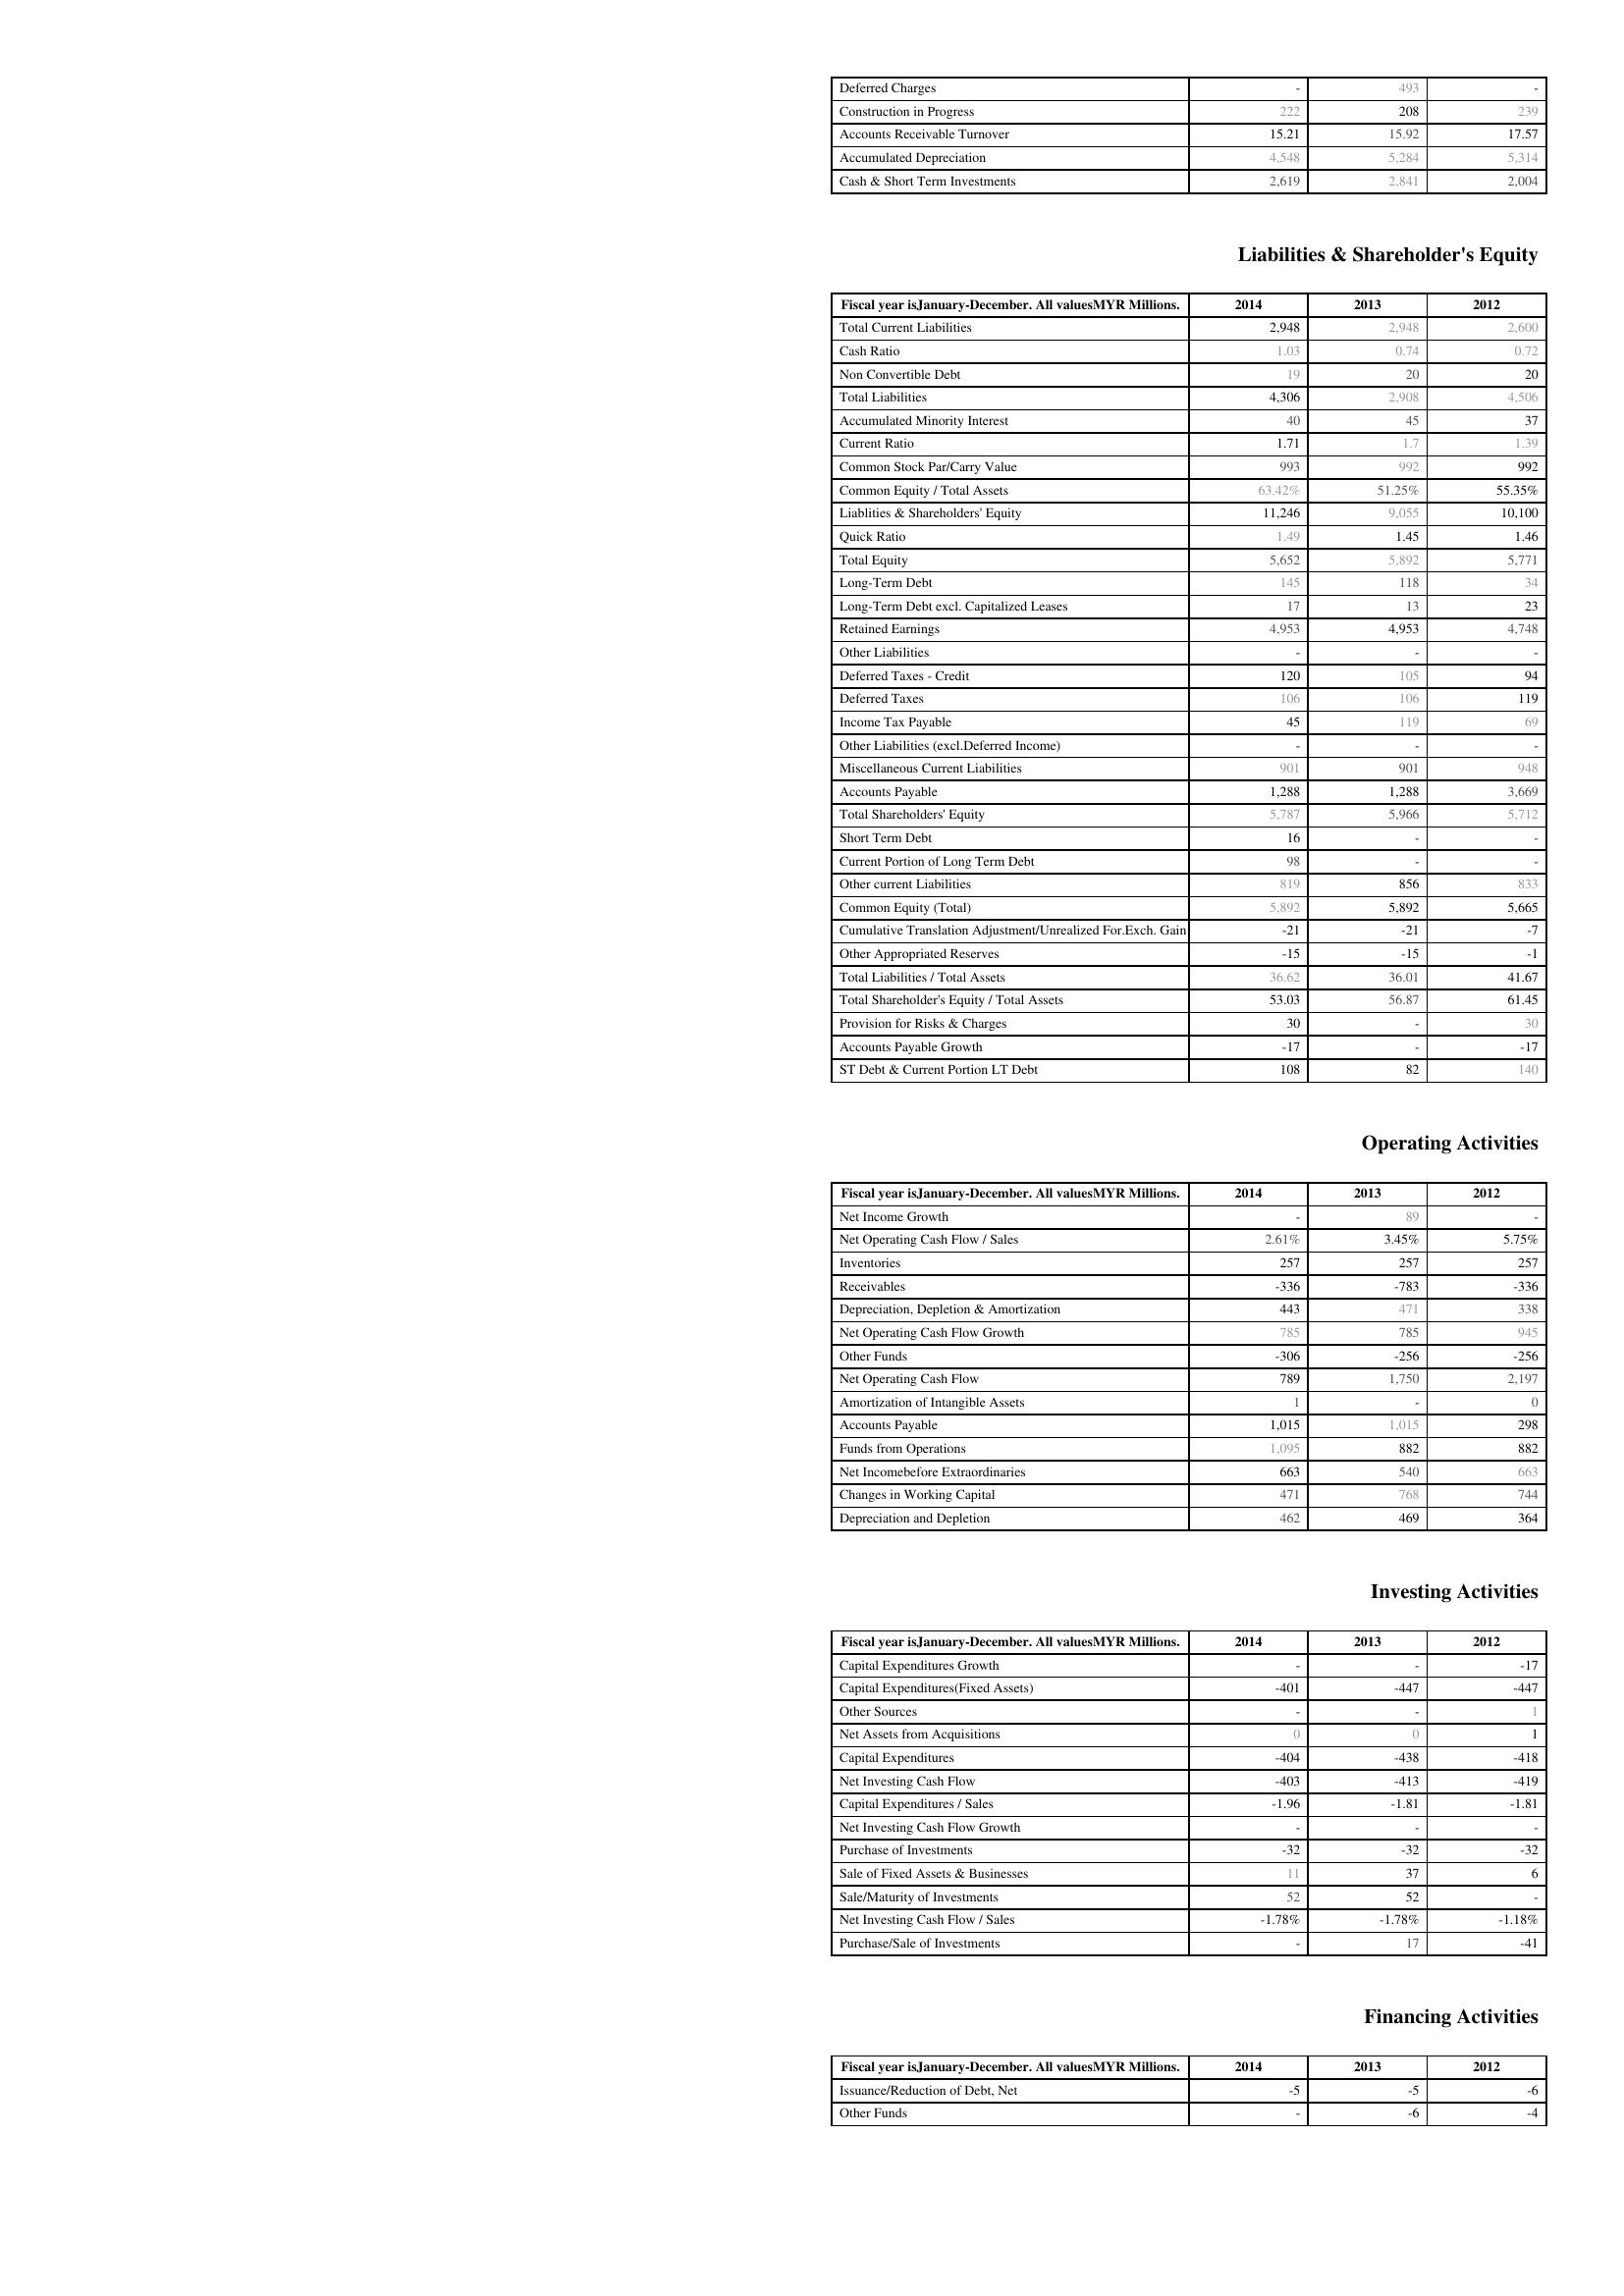
2014: Assets: Deferred Charges: -
Construction in Progress: 222
Accounts Receivable Turnover: 15.21
Accumulated Depreciation: 4,548
Cash & Short Term Investments: 2,619
Liabilities & Shareholder's Equity: Total Current Liabilities: 2,948
Cash Ratio: 1.03
Non Convertible Debt: 19
Total Liabilities: 4,306
Accumulated Minority Interest: 40
Current Ratio: 1.71
Common Stock Par/Carry Value: 993
Common Equity / Total Assets: 63.42%
Liablities & Shareholders' Equity: 11,246
Quick Ratio: 1.49
Total Equity: 5,652
Long-Term Debt: 145
Long-Term Debt excl. Capitalized Leases: 17
Retained Earnings: 4,953
Other Liabilities: -
Deferred Taxes - Credit: 120
Deferred Taxes: 106
Income Tax Payable: 45
Other Liabilities (excl.Deferred Income): -
Miscellaneous Current Liabilities: 901
Accounts Payable: 1,288
Total Shareholders' Equity: 5,787
Short Term Debt: 16
Current Portion of Long Term Debt: 98
Other current Liabilities: 819
Common Equity (Total): 5,892
Cumulative Translation Adjustment/Unrealized For.Exch. Gain: -21
Other Appropriated Reserves: -15
Total Liabilities / Total Assets: 36.62
Total Shareholder's Equity / Total Assets: 53.03
Provision for Risks & Charges: 30
Accounts Payable Growth: -17
ST Debt & Current Portion LT Debt: 108
Operating Activities: Net Income Growth: -
Net Operating Cash Flow / Sales: 2.61%
Inventories: 257
Receivables: -336
Depreciation, Depletion & Amortization: 443
Net Operating Cash Flow Growth: 785
Other Funds: -306
Net Operating Cash Flow: 789
Amortization of Intangible Assets: 1
Accounts Payable: 1,015
Funds from Operations: 1,095
Net Incomebefore Extraordinaries: 663
Changes in Working Capital: 471
Depreciation and Depletion: 462
Investing Activities: Capital Expenditures Growth: -
Capital Expenditures(Fixed Assets): -401
Other Sources: -
Net Assets from Acquisitions: 0
Capital Expenditures: -404
Net Investing Cash Flow: -403
Capital Expenditures / Sales: -1.96
Net Investing Cash Flow Growth: -
Purchase of Investments: -32
Sale of Fixed Assets & Businesses: 11
Sale/Maturity of Investments: 52
Net Investing Cash Flow / Sales: -1.78%
Purchase/Sale of Investments: -
Financing Activities: Issuance/Reduction of Debt, Net: -5
Other Funds: -
2013: Assets: Deferred Charges: 493
Construction in Progress: 208
Accounts Receivable Turnover: 15.92
Accumulated Depreciation: 5,284
Cash & Short Term Investments: 2,841
Liabilities & Shareholder's Equity: Total Current Liabilities: 2,948
Cash Ratio: 0.74
Non Convertible Debt: 20
Total Liabilities: 2,908
Accumulated Minority Interest: 45
Current Ratio: 1.7
Common Stock Par/Carry Value: 992
Common Equity / Total Assets: 51.25%
Liablities & Shareholders' Equity: 9,055
Quick Ratio: 1.45
Total Equity: 5,892
Long-Term Debt: 118
Long-Term Debt excl. Capitalized Leases: 13
Retained Earnings: 4,953
Other Liabilities: -
Deferred Taxes - Credit: 105
Deferred Taxes: 106
Income Tax Payable: 119
Other Liabilities (excl.Deferred Income): -
Miscellaneous Current Liabilities: 901
Accounts Payable: 1,288
Total Shareholders' Equity: 5,966
Short Term Debt: -
Current Portion of Long Term Debt: -
Other current Liabilities: 856
Common Equity (Total): 5,892
Cumulative Translation Adjustment/Unrealized For.Exch. Gain: -21
Other Appropriated Reserves: -15
Total Liabilities / Total Assets: 36.01
Total Shareholder's Equity / Total Assets: 56.87
Provision for Risks & Charges: -
Accounts Payable Growth: -
ST Debt & Current Portion LT Debt: 82
Operating Activities: Net Income Growth: 89
Net Operating Cash Flow / Sales: 3.45%
Inventories: 257
Receivables: -783
Depreciation, Depletion & Amortization: 471
Net Operating Cash Flow Growth: 785
Other Funds: -256
Net Operating Cash Flow: 1,750
Amortization of Intangible Assets: -
Accounts Payable: 1,015
Funds from Operations: 882
Net Incomebefore Extraordinaries: 540
Changes in Working Capital: 768
Depreciation and Depletion: 469
Investing Activities: Capital Expenditures Growth: -
Capital Expenditures(Fixed Assets): -447
Other Sources: -
Net Assets from Acquisitions: 0
Capital Expenditures: -438
Net Investing Cash Flow: -413
Capital Expenditures / Sales: -1.81
Net Investing Cash Flow Growth: -
Purchase of Investments: -32
Sale of Fixed Assets & Businesses: 37
Sale/Maturity of Investments: 52
Net Investing Cash Flow / Sales: -1.78%
Purchase/Sale of Investments: 17
Financing Activities: Issuance/Reduction of Debt, Net: -5
Other Funds: -6
2012: Assets: Deferred Charges: -
Construction in Progress: 239
Accounts Receivable Turnover: 17.57
Accumulated Depreciation: 5,314
Cash & Short Term Investments: 2,004
Liabilities & Shareholder's Equity: Total Current Liabilities: 2,600
Cash Ratio: 0.72
Non Convertible Debt: 20
Total Liabilities: 4,506
Accumulated Minority Interest: 37
Current Ratio: 1.39
Common Stock Par/Carry Value: 992
Common Equity / Total Assets: 55.35%
Liablities & Shareholders' Equity: 10,100
Quick Ratio: 1.46
Total Equity: 5,771
Long-Term Debt: 34
Long-Term Debt excl. Capitalized Leases: 23
Retained Earnings: 4,748
Other Liabilities: -
Deferred Taxes - Credit: 94
Deferred Taxes: 119
Income Tax Payable: 69
Other Liabilities (excl.Deferred Income): -
Miscellaneous Current Liabilities: 948
Accounts Payable: 3,669
Total Shareholders' Equity: 5,712
Short Term Debt: -
Current Portion of Long Term Debt: -
Other current Liabilities: 833
Common Equity (Total): 5,665
Cumulative Translation Adjustment/Unrealized For.Exch. Gain: -7
Other Appropriated Reserves: -1
Total Liabilities / Total Assets: 41.67
Total Shareholder's Equity / Total Assets: 61.45
Provision for Risks & Charges: 30
Accounts Payable Growth: -17
ST Debt & Current Portion LT Debt: 140
Operating Activities: Net Income Growth: -
Net Operating Cash Flow / Sales: 5.75%
Inventories: 257
Receivables: -336
Depreciation, Depletion & Amortization: 338
Net Operating Cash Flow Growth: 945
Other Funds: -256
Net Operating Cash Flow: 2,197
Amortization of Intangible Assets: 0
Accounts Payable: 298
Funds from Operations: 882
Net Incomebefore Extraordinaries: 663
Changes in Working Capital: 744
Depreciation and Depletion: 364
Investing Activities: Capital Expenditures Growth: -17
Capital Expenditures(Fixed Assets): -447
Other Sources: 1
Net Assets from Acquisitions: 1
Capital Expenditures: -418
Net Investing Cash Flow: -419
Capital Expenditures / Sales: -1.81
Net Investing Cash Flow Growth: -
Purchase of Investments: -32
Sale of Fixed Assets & Businesses: 6
Sale/Maturity of Investments: -
Net Investing Cash Flow / Sales: -1.18%
Purchase/Sale of Investments: -41
Financing Activities: Issuance/Reduction of Debt, Net: -6
Other Funds: -4